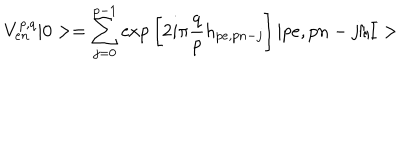
V _ { e n } ^ { p , q } | 0 > = \sum _ { j = 0 } ^ { p - 1 } \mathrm { e x p } \left[ 2 i \pi \frac { q } { p } h _ { p e , p n - j } \right] | p e , p n - j / I >